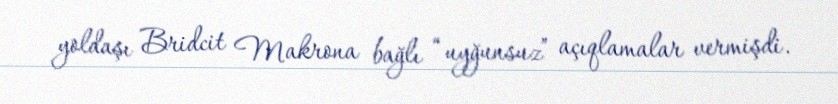
yoldaşı Bridcit Makrona bağlı “uyğunsuz” açıqlamalar vermişdi.